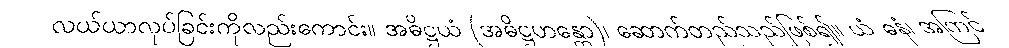
လယ်ယာလုပ်ခြင်းကိုလည်းကောင်း။ အဓိဋ္ဌယံ (အဓိဋ္ဌဟန္တော)၊ ဆောက်တည်သည်ဖြစ်၍။ ယံ ဓနံ၊ အကြင်